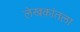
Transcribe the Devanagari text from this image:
लेखकांतला